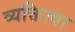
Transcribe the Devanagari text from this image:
व्यक्तित्वा